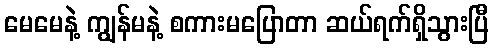
မေမေနဲ့ ကျွန်မနဲ့ စကားမပြောတာ ဆယ်ရက်ရှိသွားပြီ